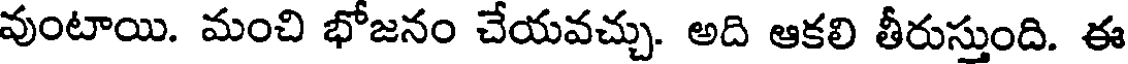
వుంటాయి. మంచి భోజనం చేయవచ్చు. అది ఆకలి తీరుస్తుంది. ఈ